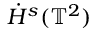
\Dot { H } ^ { s } ( \mathbb { T } ^ { 2 } )